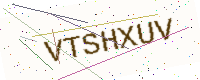
Text: VTSHXUV